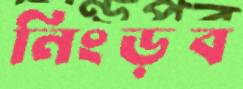
নিংড়ব